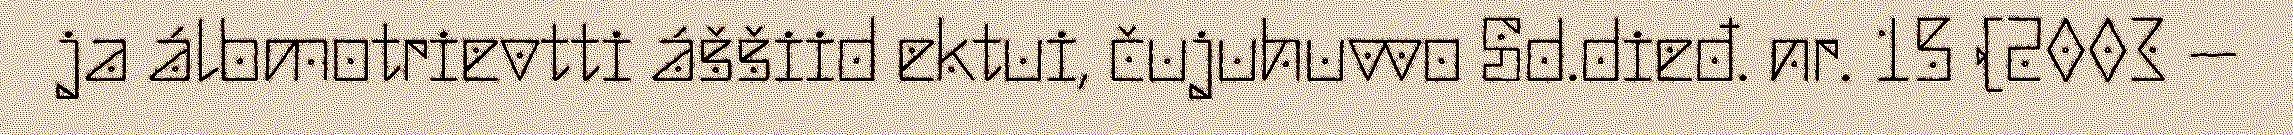
ja álbmotrievtti áššiid ektui, čujuhuvvo Sd.dieđ. nr. 15 (2003 –